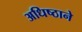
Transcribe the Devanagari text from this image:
अधिष्ठाने